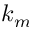
k _ { m }